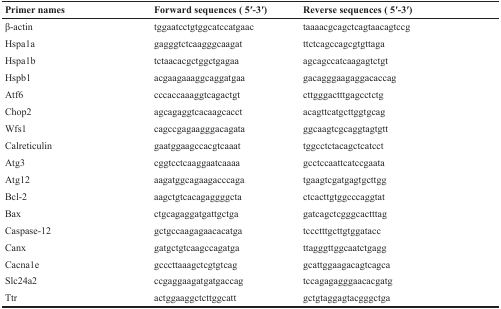
<table><thead><tr><td><b>Primer names</b></td><td><b>Forward sequences ( 5′-3′)</b></td><td><b>Reverse sequences ( 5′-3′)</b></td></tr></thead><tbody><tr><td>β-actin</td><td>tggaatcctgtggcatccatgaac</td><td>taaaacgcagctcagtaacagtccg</td></tr><tr><td>Hspa1a</td><td>gagggtctcaagggcaagat</td><td>ttctcagccagcgtgttaga</td></tr><tr><td>Hspa1b</td><td>tctaacacgctggctgagaa</td><td>agcagccatcaagagtctgt</td></tr><tr><td>Hspb1</td><td>acgaagaaaggcaggatgaa</td><td>gacagggaagaggacaccag</td></tr><tr><td>Atf6</td><td>cccaccaaaggtcagactgt</td><td>cttgggactttgagcctctg</td></tr><tr><td>Chop2</td><td>agcagaggtcacaagcacct</td><td>acagttcatgcttggtgcag</td></tr><tr><td>Wfs1</td><td>cagccgagaagggacagata</td><td>ggcaagtcgcaggtagtgtt</td></tr><tr><td>Calreticulin</td><td>gaatggaagccacgtcaaat</td><td>tggcctctacagctcatcct</td></tr><tr><td>Atg3</td><td>cggtcctcaaggaatcaaaa</td><td>gcctccaattcatccgaata</td></tr><tr><td>Atg12</td><td>aagatggcagaagacccaga</td><td>tgaagtcgatgagtgcttgg</td></tr><tr><td>Bcl-2</td><td>aagctgtcacagaggggcta</td><td>ctcacttgtggcccaggtat</td></tr><tr><td>Bax</td><td>ctgcagaggatgattgctga</td><td>gatcagctcgggcactttag</td></tr><tr><td>Caspase-12</td><td>gctgccaagagaacacatga</td><td>tccctttgcttgtggatacc</td></tr><tr><td>Canx</td><td>gatgctgtcaagccagatga</td><td>ttagggttggcaatctgagg</td></tr><tr><td>Cacna1e</td><td>gcccttaaagctcgtgtcag</td><td>gcattggaagacagtcagca</td></tr><tr><td>Slc24a2</td><td>ccgaggaagatgatgaccag</td><td>tccagagagggaacacgatg</td></tr><tr><td>Ttr</td><td>actggaaggctcttggcatt</td><td>gctgtaggagtacgggctga</td></tr></tbody></table>